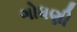
ગોધણી